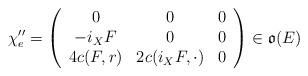
LaTeX: \begin{align*} \chi''_e & = \left( \begin{array}{ccc} 0 & 0 & 0\\ - i_X F & 0 & 0\\ 4c(F,r) & 2c(i_X F,\cdot) & 0 \end{array}\right) \in \mathfrak{o}(E) \end{align*}